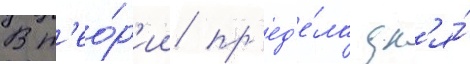
В т'ео́р'ии пр'ед'е́ла дл'я́